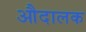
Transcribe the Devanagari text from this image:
औदालक